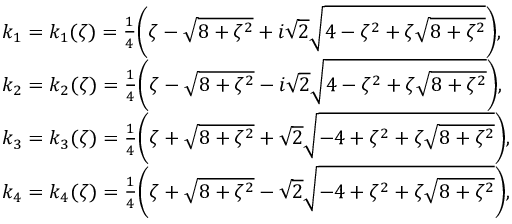
\begin{array} { r l } & { k _ { 1 } = k _ { 1 } ( \zeta ) = \frac { 1 } { 4 } \bigg ( \zeta - \sqrt { 8 + \zeta ^ { 2 } } + i \sqrt { 2 } \sqrt { 4 - \zeta ^ { 2 } + \zeta \sqrt { 8 + \zeta ^ { 2 } } } \bigg ) , } \\ & { k _ { 2 } = k _ { 2 } ( \zeta ) = \frac { 1 } { 4 } \bigg ( \zeta - \sqrt { 8 + \zeta ^ { 2 } } - i \sqrt { 2 } \sqrt { 4 - \zeta ^ { 2 } + \zeta \sqrt { 8 + \zeta ^ { 2 } } } \bigg ) , } \\ & { k _ { 3 } = k _ { 3 } ( \zeta ) = \frac { 1 } { 4 } \bigg ( \zeta + \sqrt { 8 + \zeta ^ { 2 } } + \sqrt { 2 } \sqrt { - 4 + \zeta ^ { 2 } + \zeta \sqrt { 8 + \zeta ^ { 2 } } } \bigg ) , } \\ & { k _ { 4 } = k _ { 4 } ( \zeta ) = \frac { 1 } { 4 } \bigg ( \zeta + \sqrt { 8 + \zeta ^ { 2 } } - \sqrt { 2 } \sqrt { - 4 + \zeta ^ { 2 } + \zeta \sqrt { 8 + \zeta ^ { 2 } } } \bigg ) , } \end{array}